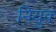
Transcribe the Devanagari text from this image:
नियुक्‍